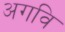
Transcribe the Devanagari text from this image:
अगवि